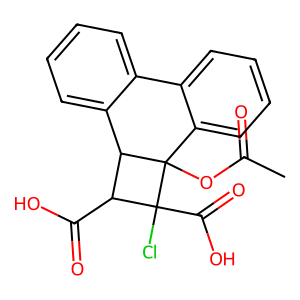
SMILES: CC(=O)OC12c3ccccc3-c3ccccc3C1C(C(=O)O)C2(Cl)C(=O)O
Inhibits HIV replication: No